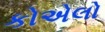
કોએલો